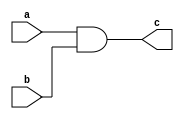
`timescale 1ns / 1ps
//////////////////////////////////////////////////////////////////////////////////
// Company: 
// Engineer: 
// 
// Design Name: 
// Module Name:    and_gate 
// Project Name: 
// Target Devices: 
// Tool versions: 
// Description: 
//
// Dependencies: 
//
// Revision: 
// Revision 0.01 - File Created
// Additional Comments: 
//
//////////////////////////////////////////////////////////////////////////////////
module and_gate(
    input a,
    input b,
    output c
    );

	assign c = a & b;
endmodule